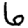
Digit: 6